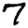
Digit: 7